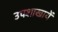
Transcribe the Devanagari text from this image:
उपशाखायें